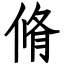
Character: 脩